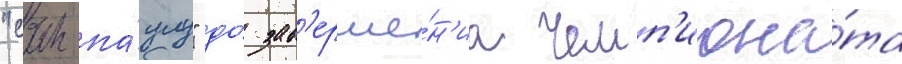
"сан-па́улу" до́ зав'ерше́н'иа чемп'иона́та